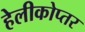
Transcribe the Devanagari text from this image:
हेलीकोप्तर